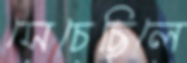
সেচেছিলে